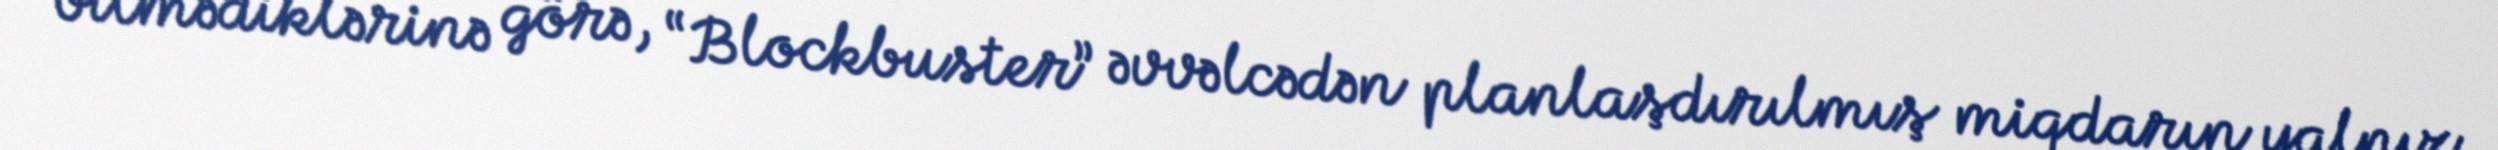
bilmədiklərinə görə, “Blockbuster” əvvəlcədən planlaşdırılmış miqdarın yalnız